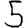
Digit: 5